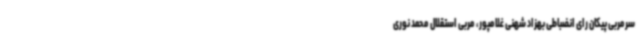
سرمربی پیکان رای انضباطی بهزاد شهنی غلامپور، مربی استقلال محمد نوری